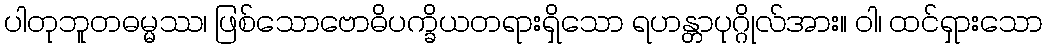
ပါတုဘူတဓမ္မဿ၊ ဖြစ်သောဗောဓိပက္ခိယတရားရှိသော ရဟန္တာပုဂ္ဂိုလ်အား။ ဝါ၊ ထင်ရှားသော